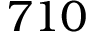
7 1 0